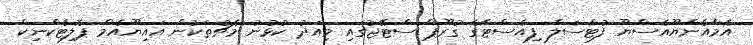
އެމްއެންޔޫއެސްޔޫ ފުޓްސަލް ފިއެސްޓާގެ ގުރޫޕް ސްޓޭޖުގައި މިއަދު ކުޅުނު މެޗުތަކުން އައިޔޫއެމް ޕޮލިޓެކްނިކް